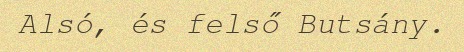
Alsó, és felső Butsány.